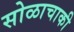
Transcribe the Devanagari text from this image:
सोळाचाकी